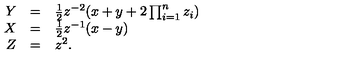
\begin{array} { r c l } { Y } & { = } & { \frac { 1 } { 2 } z ^ { - 2 } ( x + y + 2 \prod _ { i = 1 } ^ { n } z _ { i } ) } \\ { X } & { = } & { \frac { 1 } { 2 } z ^ { - 1 } ( x - y ) } \\ { Z } & { = } & { z ^ { 2 } . } \\ \end{array}